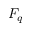
F _ { q }